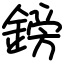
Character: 鎊